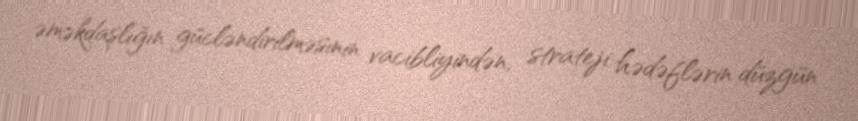
əməkdaşlığın gücləndirilməsinin vacibliyindən, strateji hədəflərin düzgün